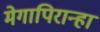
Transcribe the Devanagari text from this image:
मेगापिरान्हा